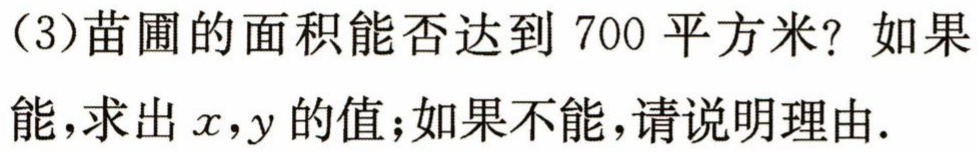
(3)苗圃的面积能否达到 700 平方米? 如果能,求出\(x,y\)的值;如果不能,请说明理由.